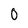
Character: 0